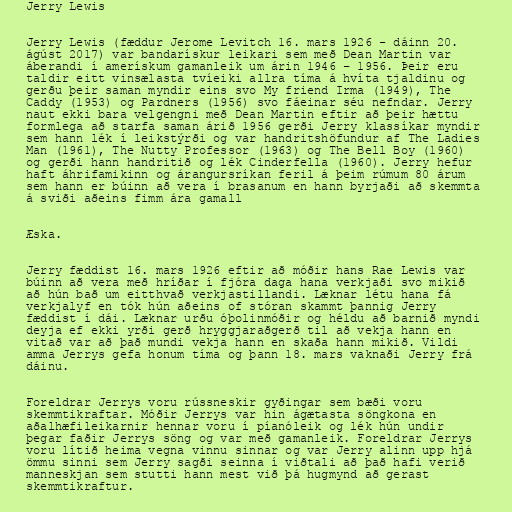
Jerry Lewis

Jerry Lewis (fæddur Jerome Levitch 16. mars 1926 - dáinn 20.
ágúst 2017) var bandarískur leikari sem með Dean Martin var
áberandi í amerískum gamanleik um árin 1946 – 1956. Þeir eru
taldir eitt vinsælasta tvíeiki allra tíma á hvíta tjaldinu og
gerðu þeir saman myndir eins svo My friend Irma (1949), The
Caddy (1953) og Pardners (1956) svo fáeinar séu nefndar. Jerry
naut ekki bara velgengni með Dean Martin eftir að þeir hættu
formlega að starfa saman árið 1956 gerði Jerry klassíkar myndir
sem hann lék í leikstýrði og var handritshöfundur af The Ladies
Man (1961), The Nutty Professor (1963) og The Bell Boy (1960)
og gerði hann handritið og lék Cinderfella (1960). Jerry hefur
haft áhrifamikinn og árangursríkan feril á þeim rúmum 80 árum
sem hann er búinn að vera í brasanum en hann byrjaði að skemmta
á sviði aðeins fimm ára gamall

Æska.

Jerry fæddist 16. mars 1926 eftir að móðir hans Rae Lewis var
búinn að vera með hríðar í fjóra daga hana verkjaði svo mikið
að hún bað um eitthvað verkjastillandi. Læknar létu hana fá
verkjalyf en tók hún aðeins of stóran skammt þannig Jerry
fæddist í dái. Læknar urðu óþolinmóðir og héldu að barnið myndi
deyja ef ekki yrði gerð hryggjaraðgerð til að vekja hann en
vitað var að það mundi vekja hann en skaða hann mikið. Vildi
amma Jerrys gefa honum tíma og þann 18. mars vaknaði Jerry frá
dáinu.

Foreldrar Jerrys voru rússneskir gyðingar sem bæði voru
skemmtikraftar. Móðir Jerrys var hin ágætasta söngkona en
aðalhæfileikarnir hennar voru í píanóleik og lék hún undir
þegar faðir Jerrys söng og var með gamanleik. Foreldrar Jerrys
voru lítið heima vegna vinnu sinnar og var Jerry alinn upp hjá
ömmu sinni sem Jerry sagði seinna í viðtali að það hafi verið
manneskjan sem stutti hann mest við þá hugmynd að gerast
skemmtikraftur.